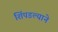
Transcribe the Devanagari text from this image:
शिंपडल्याने